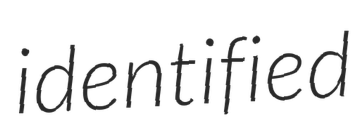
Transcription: identified